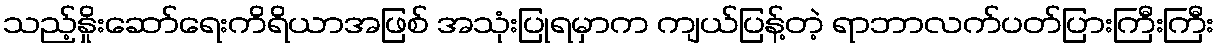
သည့်နှိုးဆော်ရေးကိရိယာအဖြစ် အသုံးပြုရမှာက ကျယ်ပြန့်တဲ့ ရာဘာလက်ပတ်ပြားကြီးကြီး